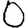
Digit: 0